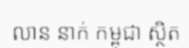
លាន នាក់ កម្ពុជា ស្ថិត